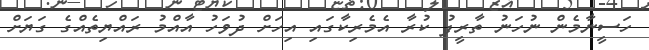
ހަސީނާމެން ނުހަނު ތާރީފު ކުރާ އެމެރިކާގައި އިހަށް ދުވަހު އާއްމު ރައްޔިތެއްގެ ގަޔަށް